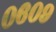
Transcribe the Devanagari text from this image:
०६०९